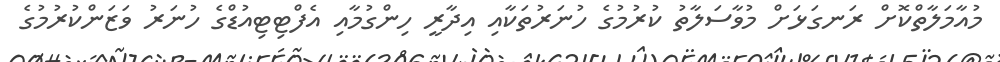
މުއާމަލާތްކޮށް ރަނގަޅަށް މުވާސަލާތު ކުރުމުގެ ހުނަރުތަކާއި އިދާރީ ހިންގުމާއި އެފްޓިޓިއުޑްގެ ހުނަރު ވަޒަންކުރުމުގެ